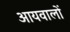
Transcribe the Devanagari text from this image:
आयवालों